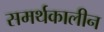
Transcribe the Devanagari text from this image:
समर्थकालीन